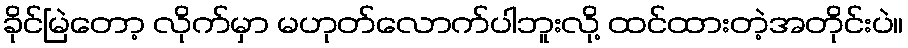
ခိုင်မြဲတော့ လိုက်မှာ မဟုတ်လောက်ပါဘူးလို့ ထင်ထားတဲ့အတိုင်းပဲ။